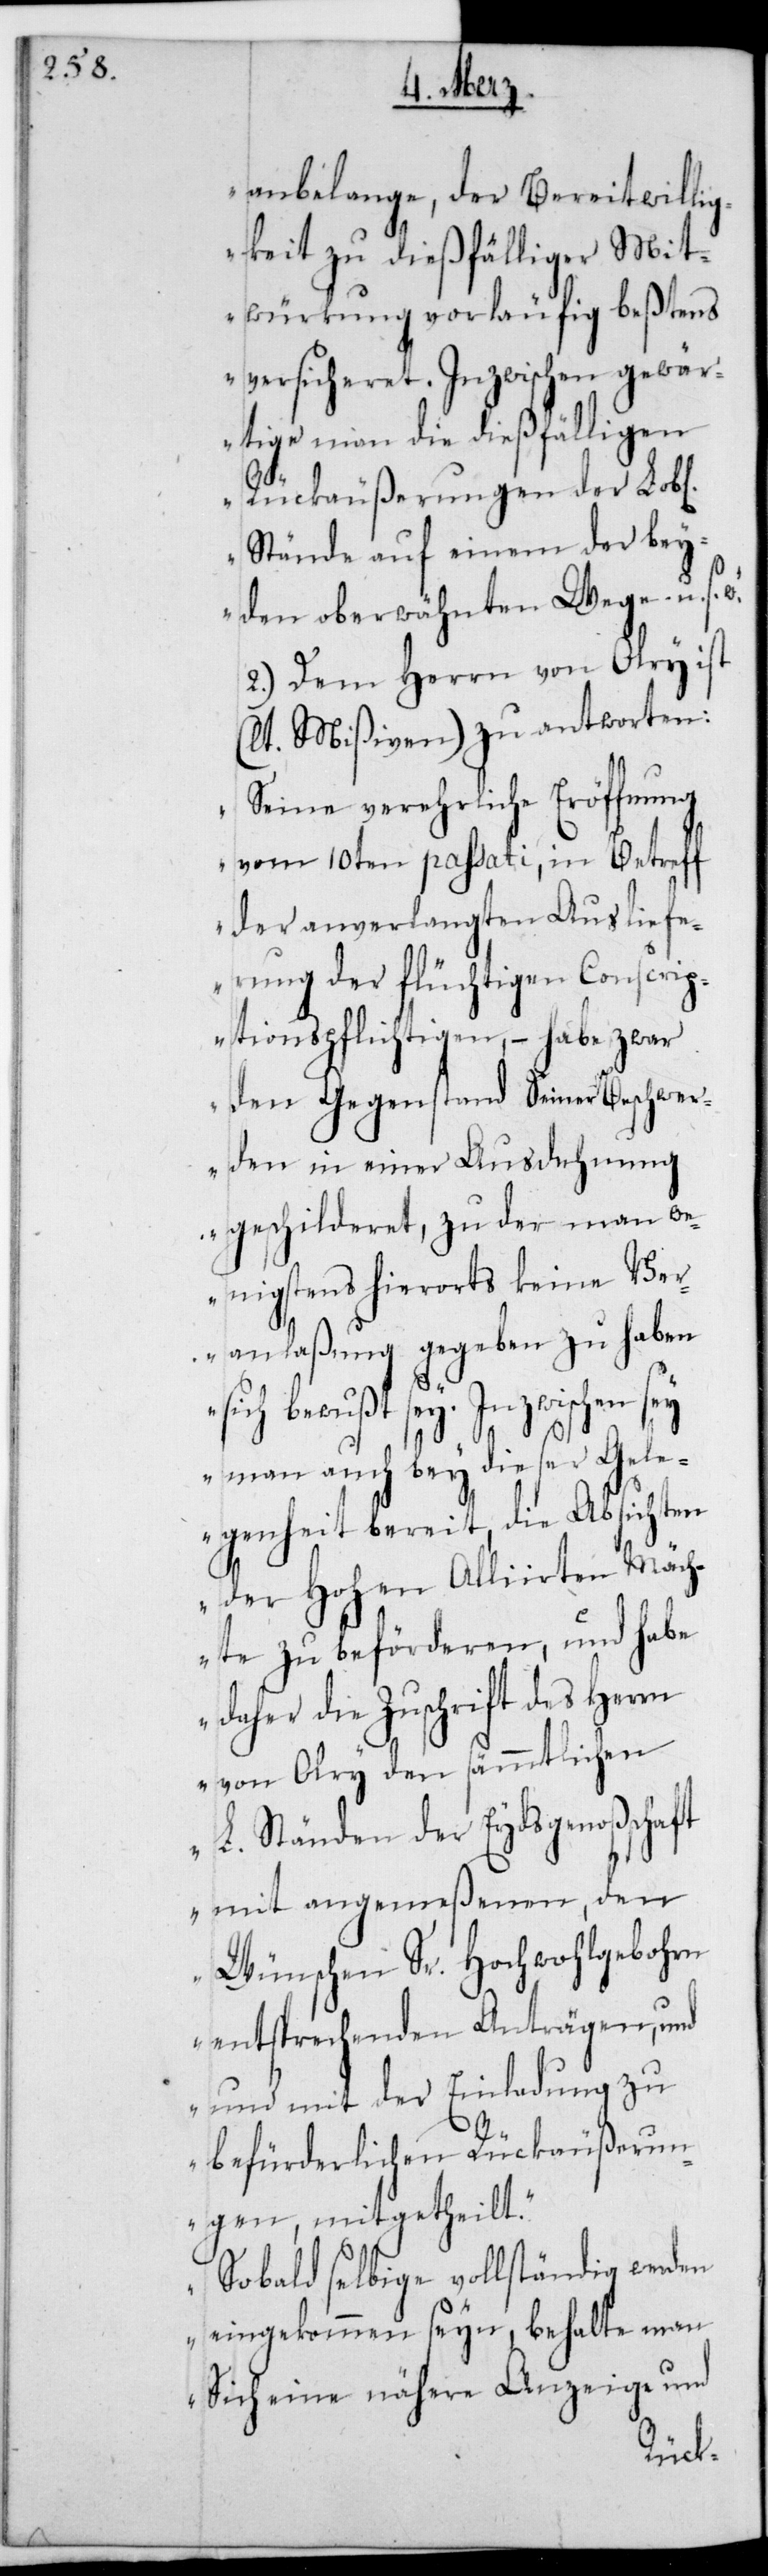
anbelange, der Bereitwillig¬
keit zu dießfälliger Mit¬
würkung vorläufig beßtens
versicheret. Inzwischen gewär¬
tige man die dießfälligen
Rückäußerungen der L.
Stände auf einem der bey¬
den oberwähnten Wege u. s.
2.) Dem Herrn von Olry ist
(lt. Mißiven) zu antworten:
„Seine verehrliche Eröffnung
vom 10ten passati, in Betreff
der anverlangten Ausliefe¬
rung der flüchtigen Conscrip¬
tionspflichtigen, – habe zwar
den Gegenstand Seiner Beschwer¬
den in einer Ausdehung
geschilderet, zu der man w¬
enigstens hierorts keine Ver¬
anlaßung gegeben zu haben
sich bewußt sei. Inzwischen sey
man auch bey dieser Gele¬
genheit bereit, die Absichten
der Hohen Alliierten Mäch¬
te zu beförderen, und habe
daher die Zuschrift des Herrn
von Olry den sämmtlichen
L. Ständen der Eydsgenoßenschaft
mit angemeßenen, den
Wünschen Sr. Hochwohlgeborn
entsprechenden Anträgen,
und mit der Einladung zu
befürderlichen Rückäußerun¬
gen, mitgetheilt.
Sobald selbige vollständig werden
eingekommen seyn, behalte man
sich eine nähere Anzeige und